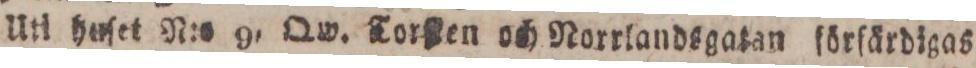
Uti hoſet N:o 9, Qw. Torſten och Norrlandsgatan förſårdigas